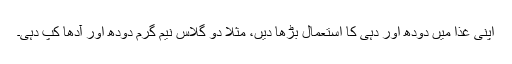
اپنی غذا میں دودھ اور دہی کا استعمال بڑھا دیں، مثلاً دو گلاس نیم گرم دودھ اور آدھا کپ دہی۔